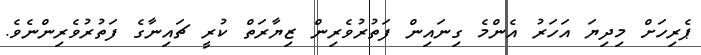
ޕެރިހަށް މިދިޔަ އަހަރު އެންމެ ގިނައިން ފަތުރުވެރިން ޒިޔާރަތް ކުރީ ޗައިނާގެ ފަތުރުވެރިންނެވެ.